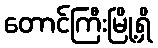
တောင်ကြီးမြို့ရှိ